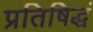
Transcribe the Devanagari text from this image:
प्रतिषिद्धं